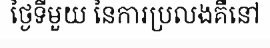
ថ្ងៃទីមួយ នៃការប្រលងគឺនៅ